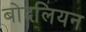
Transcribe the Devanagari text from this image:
बोदलियन